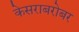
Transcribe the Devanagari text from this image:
केसराबरोबर